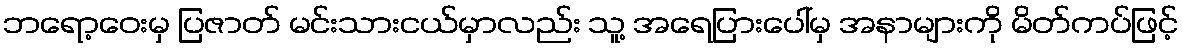
ဘရော့ဝေးမှ ပြဇာတ် မင်းသားငယ်မှာလည်း သူ့ အရေပြားပေါ်မှ အနာများကို မိတ်ကပ်ဖြင့်